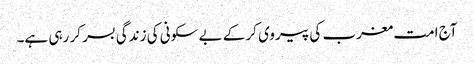
آج امت مغرب کی پیروی کر کے بے سکونی کی زندگی بسر کر رہی ہے۔